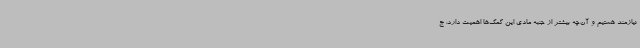
نیازمند هستیم و آن‌چه بیشتر از جنبه مادی این کمک‌ها اهمیت دارد، ج